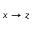
x \rightarrow z